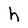
Character: h